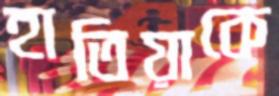
হাতিয়াকে